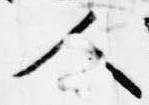
人